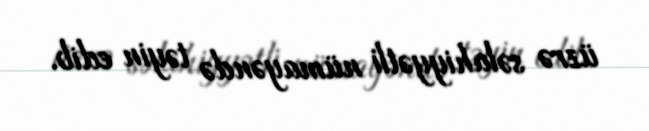
üzrə səlahiyyətli nümayəndə təyin edib.